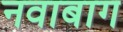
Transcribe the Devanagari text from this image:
नवाबाग